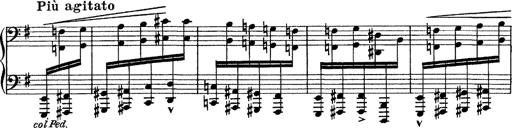
Title: Tarantelle di bravura dâ€™aprÃ¨s la tarantelle de La muette de Portici
Composer: Franz Liszt